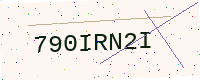
Text: 790IRN2I